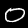
Label: 0